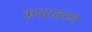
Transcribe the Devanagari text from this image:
रूपान्‍तरण